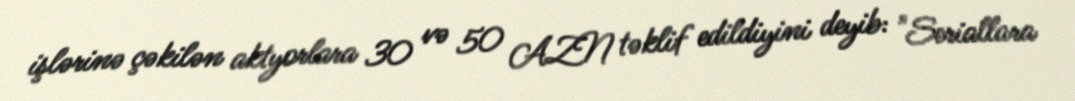
işlərinə çəkilən aktyorlara 30 və 50 AZN təklif edildiyini deyib: "Seriallara